Source: Handwritten
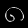
Digit: ၈ (8)